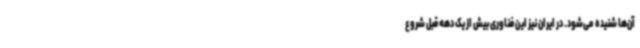
آن‌ها شنیده می‌شود. در ایران نیز این فناوری بیش از یک دهه قبل شروع